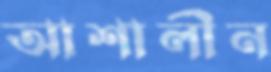
আশালীন